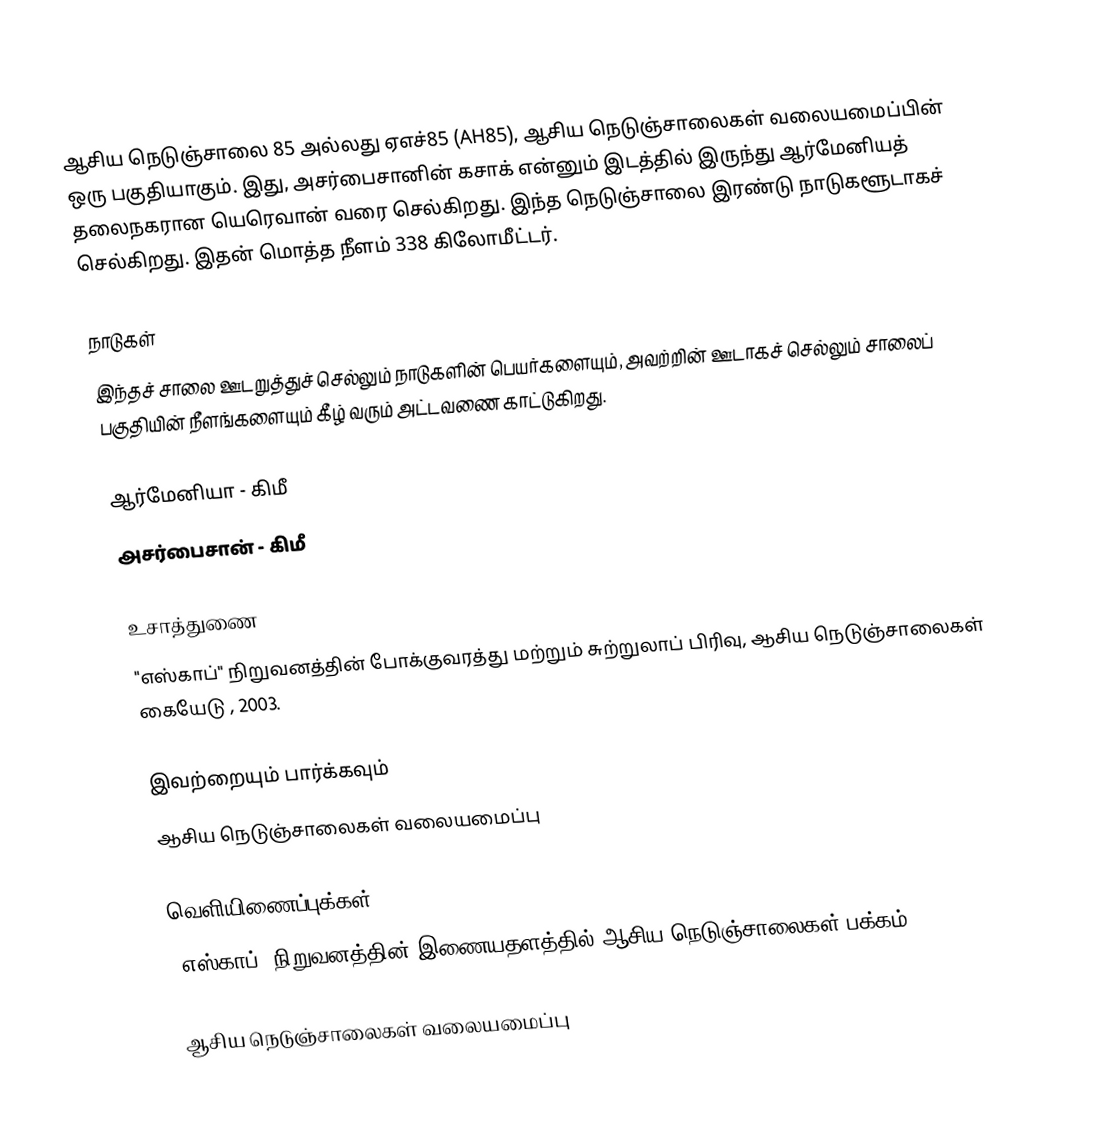
ஆசிய நெடுஞ்சாலை 85 அல்லது ஏஎச்85 (AH85), ஆசிய நெடுஞ்சாலைகள் வலையமைப்பின் ஒரு பகுதியாகும். இது, அசர்பைசானின் கசாக் என்னும் இடத்தில் இருந்து ஆர்மேனியத் தலைநகரான யெரெவான் வரை செல்கிறது. இந்த நெடுஞ்சாலை இரண்டு நாடுகளூடாகச் செல்கிறது. இதன் மொத்த நீளம் 338 கிலோமீட்டர்.

நாடுகள்
இந்தச் சாலை ஊடறுத்துச் செல்லும் நாடுகளின் பெயர்களையும், அவற்றின் ஊடாகச் செல்லும் சாலைப் பகுதியின் நீளங்களையும் கீழ் வரும் அட்டவணை காட்டுகிறது.

 ஆர்மேனியா -  கிமீ
 அசர்பைசான் -  கிமீ

உசாத்துணை
 "எஸ்காப்" நிறுவனத்தின் போக்குவரத்து மற்றும் சுற்றுலாப் பிரிவு, ஆசிய நெடுஞ்சாலைகள் கையேடு , 2003.

இவற்றையும் பார்க்கவும்
 ஆசிய நெடுஞ்சாலைகள் வலையமைப்பு

வெளியிணைப்புக்கள்
 "எஸ்காப்" நிறுவனத்தின் இணையதளத்தில் ஆசிய நெடுஞ்சாலைகள் பக்கம்

 ஆசிய நெடுஞ்சாலைகள் வலையமைப்பு